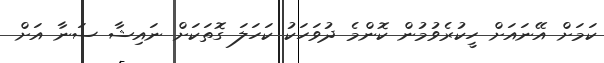
ކަމަށް އޭނައަށް ހީކުރެވުމުން ކޮންމެ ދުވަހަކު ކަހަލަ ގޮތަކަށް ނައިޝާ ސަނާ އަށް